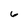
Character: 6